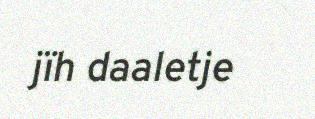
jïh daaletje